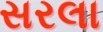
સરલા